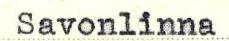
Savonlinna